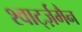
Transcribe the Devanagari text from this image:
श्वार्ट्ज़मैन